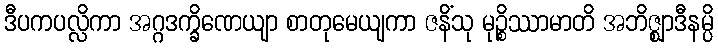
ဒီပကပလ္လိကာ အဂ္ဂဒက္ခိဏေယျာ စာတုမေယျကာ ဇနိံသု မုဉ္စိဿာမာတိ အဘိဇ္ဈာဒီနမ္ပိ